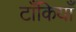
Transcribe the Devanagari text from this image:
टाँकियाँ